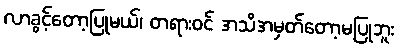
လာခွင့်တော့ပြုမယ်၊ တရားဝင် အသိအမှတ်တော့မပြုဘူး